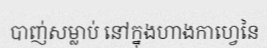
បាញ់សម្លាប់ នៅក្នុងហាងកាហ្វេនៃ